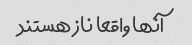
آنها واقعا ناز هستند